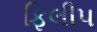
ફિલીપ